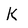
Character: K